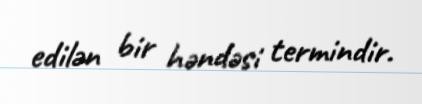
edilən bir həndəsi termindir.